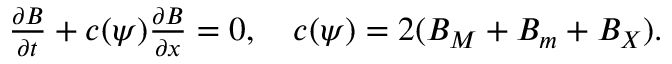
\begin{array} { r } { \frac { \partial B } { \partial t } + c ( \psi ) \frac { \partial B } { \partial x } = 0 , \quad c ( \psi ) = 2 ( B _ { M } + B _ { m } + B _ { X } ) . } \end{array}